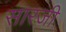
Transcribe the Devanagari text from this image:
सारजी